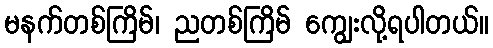
မနက်တစ်ကြိမ်၊ ညတစ်ကြိမ် ကျွေးလို့ရပါတယ်။